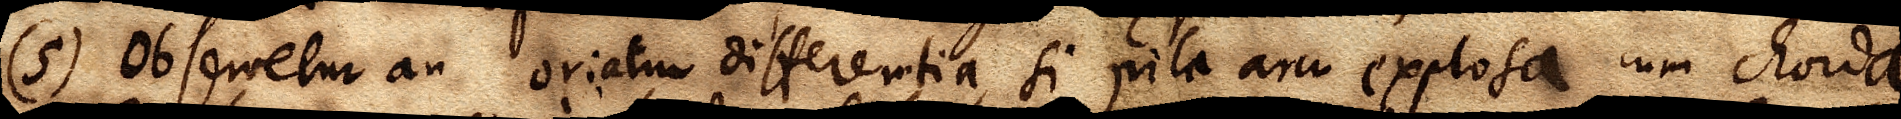
(5) Observetur an oriatur differentia, si pila arcu explosa cum chorda